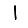
Digit: 1